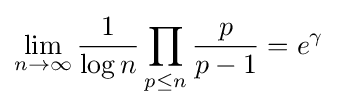
\lim _{n\to \infty }{\frac {1}{\log n}}\prod _{p\leq n}{\frac {p}{p-1}}=e^{\gamma }